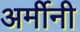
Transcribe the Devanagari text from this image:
अर्मीनी